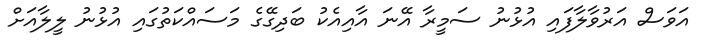
އަވަސް އަރުވާލާފައި އުޅުނު ސަމީރާ އޭނަ އާއިއެކު ބަދިގޭގެ މަސައްކަތުގައި އުޅުނު ލީލާއަށް